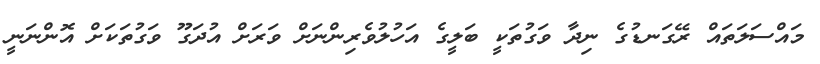
މައްސަލަތައް ރޭގަނޑުގެ ނިދާ ވަގުތަކީ ބަލީގެ އަހުލުވެރިންނަށް ވަރަށް އުދަގޫ ވަގުތަކަށް އޮންނަނީ